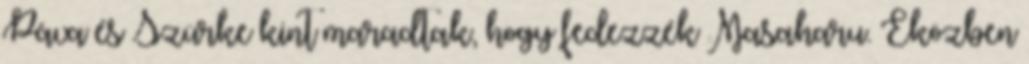
Páva és Szürke kint maradtak, hogy fedezzék Masaharu. Eközben